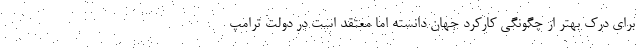
برای درک بهتر از چگونگی کارکرد جهان دانسته اما معتقد است در دولت ترامپ